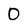
Character: 0